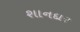
શાનદાર